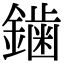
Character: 𮣁